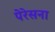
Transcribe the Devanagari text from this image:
पेरेसना